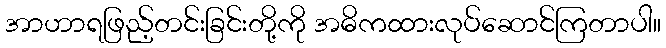
အာဟာရဖြည့်တင်းခြင်းတို့ကို အဓိကထားလုပ်ဆောင်ကြတာပါ။